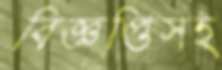
বিজ্ঞপ্তিসহ